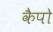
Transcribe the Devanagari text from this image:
कैपो